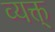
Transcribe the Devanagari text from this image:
व्यक्त्